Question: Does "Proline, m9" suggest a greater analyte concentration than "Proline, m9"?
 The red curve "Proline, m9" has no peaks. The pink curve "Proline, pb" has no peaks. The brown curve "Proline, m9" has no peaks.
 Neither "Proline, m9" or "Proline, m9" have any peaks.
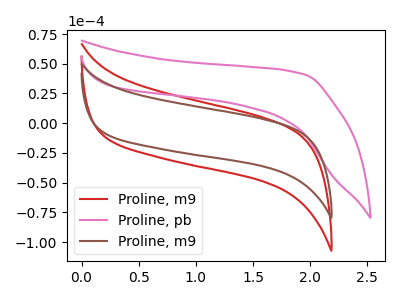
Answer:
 <answer>I cant tell if "Proline, m9" or "Proline, m9" has more signal.</answer>
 <eval>mixed_signal</eval>